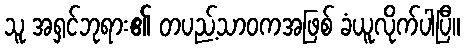
သူ အရှင်ဘုရား၏ တပည့်သာဝကအဖြစ် ခံယူလိုက်ပါပြီ။